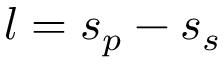
l = s _ { p } - s _ { s }